Mental hospitals Bombay report 1921-28 - 1921-1928
Year: 1921
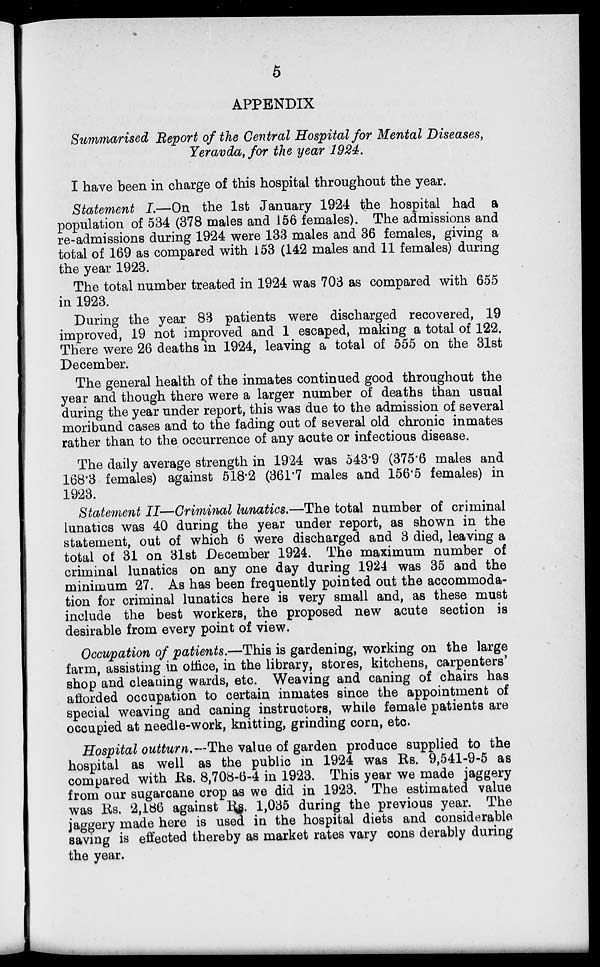
5
APPENDIX
Summarised Report of the Central Hospital for Mental Diseases,
Yeravda, for the year 1924.
I have been in charge of this hospital throughout the year.
Statement I.—On the 1st January 1924 the hospital had a
population of 534 (378 males and 156 females). The admissions and
re-admissions during 1924 were 133 males and 36 females, giving a
total of 169 as compared with 153 (142 males and 11 females) during
the year 1923.
The total number treated in 1924 was 703 as compared with 655
in 1923.
During the year 83 patients were discharged recovered, 19
improved, 19 not improved and 1 escaped, making a total of 122.
There were 26 deaths in 1924, leaving a total of 555 on the 31st
December.
The general health of the inmates continued good throughout the
year and though there were a larger number of deaths than usual
during the year under report, this was due to the admission of several
moribund cases and to the fading out of several old chronic inmates
rather than to the occurrence of any acute or infectious disease.
The daily average strength in 1924 was 543.9 (375.6 males and
168.3 females) against 518.2 (361.7 males and 156.5 females) in
1923.
Statement II—Criminal lunatics.—The total number of criminal
lunatics was 40 during the year under report, as shown in the
statement, out of which 6 were discharged and 3 died, leaving a
total of 31 on 31st December 1924. The maximum number of
criminal lunatics on any one day during 1924 was 35 and the
minimum 27. As has been frequently pointed out the accommoda-
tion for criminal lunatics here is very small and, as these must
include the best workers, the proposed new acute section is
desirable from every point of view.
Occupation of patients.—This is gardening, working on the large
farm, assisting in office, in the library, stores, kitchens, carpenters'
shop and cleaning wards, etc. Weaving and caning of chairs has
afforded occupation to certain inmates since the appointment of
special weaving and caning instructors, while female patients are
occupied at needle-work, knitting, grinding corn, etc.
Hospital outturn.—The value of garden produce supplied to the
hospital as well as the public in 1924 was Rs. 9,541-9-5 as
compared with Rs. 8,708-6-4 in 1923. This year we made jaggery
from our sugarcane crop as we did in 1923. The estimated value
was Rs. 2,186 against Rs. 1,035 during the previous year. The
jaggery made here is used in the hospital diets and considerable
saving is effected thereby as market rates vary cons derably during
the year.